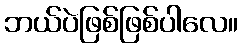
ဘယ်ပဲဖြစ်ဖြစ်ပါလေ။